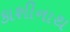
કાશીનાથ